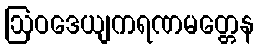
ဩဝဒေယျကရဏမတ္တေန